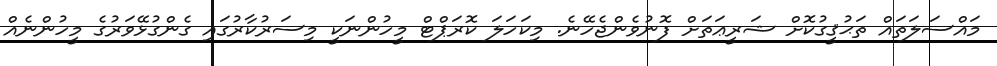
މައްސަލަތައް ތަޙުޤީގުކޮށް ޝަރީޢަތަށް ފޮނުވެންޖެހޭނެ. މިކަހަލަ ކޮރަޕްޓް މީހުންނަކީ މިސަރުކާރުގައި ގެންގުޅޭވަރުގެ މީހުންނެއް